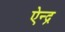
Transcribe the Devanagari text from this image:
ऐन्‍द्र